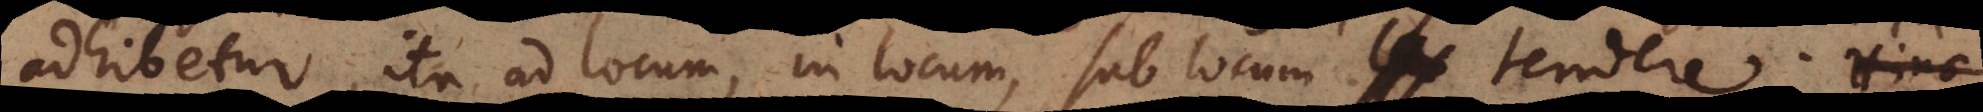
adhibetur, ita ad locum, in locum, sub locum tendere. Hinc